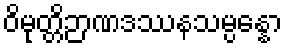
ဝိမုတ္တိဉာဏဒဿနသမ္ပန္နော